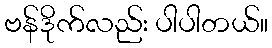
ဗန်ဒိုက်လည်း ပါပါတယ်။